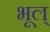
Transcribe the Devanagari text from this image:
भूल्